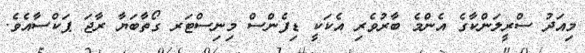
މިއަދު ސްރީލަންކާގެ އެންމެ ބާރުވެރި އެކަކީ ޑިފެންސް މިނިސްޓަރ ގޯތާބަޔާ ރާޖަ ޕަކްސާއެވެ.